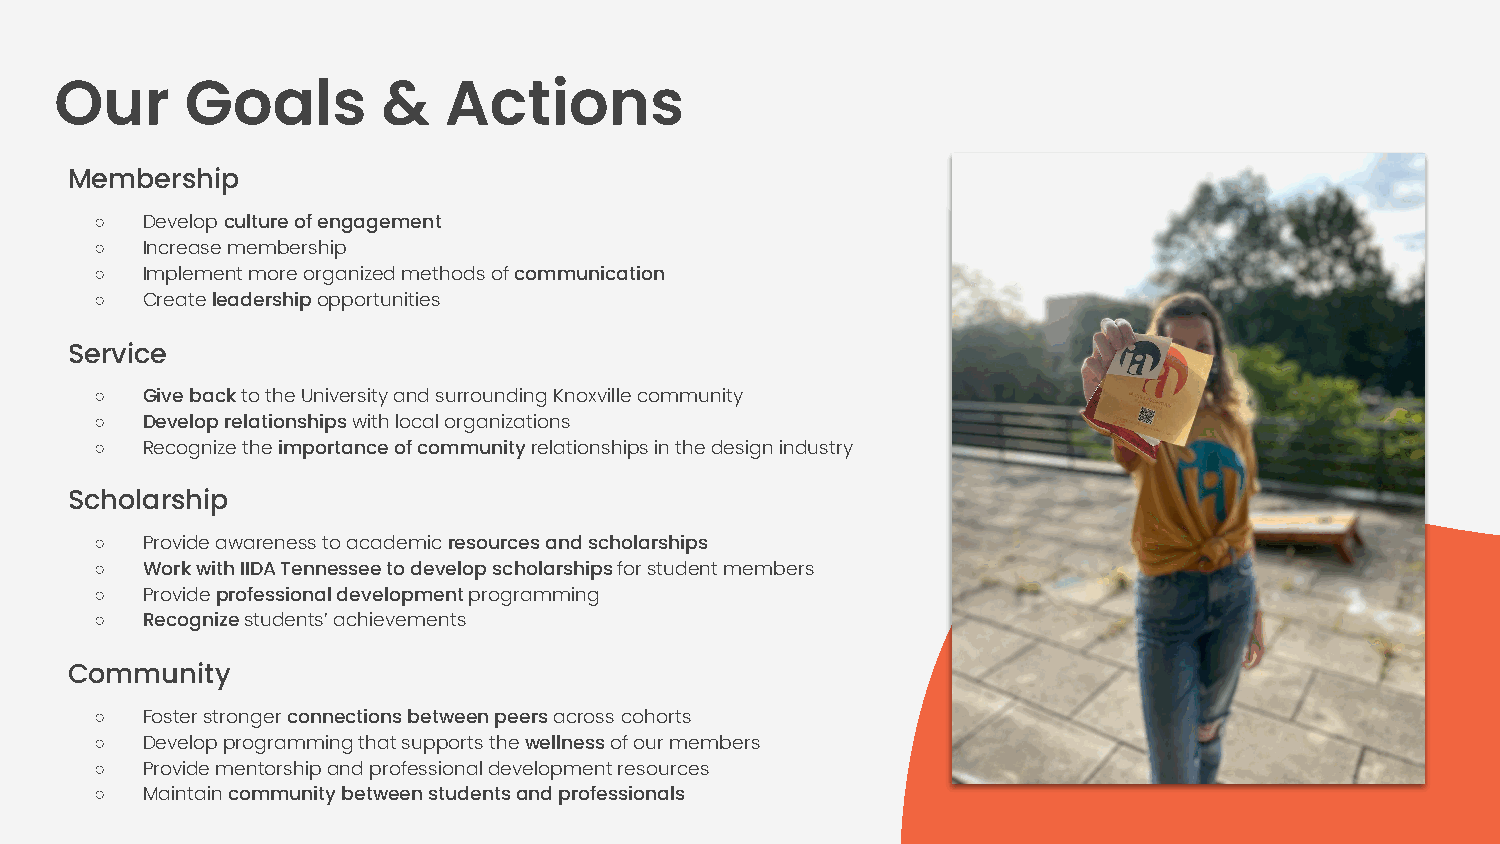
Our     Goals        &   Actions
 Membership
 ○  Develop culture of engagement
 ○  Increase membership
 ○  Implement more organized methods of communication
 ○  Create leadership opportunities
 Service
 ○  Give back to the University and surrounding Knoxville community
 ○  Develop relationships with local organizations
 ○  Recognize the importance of community relationships in the design industry
 Scholarship
 ○  Provide awareness to academic resources and scholarships
 ○  Work with IIDA Tennessee to develop scholarships for student members
 ○  Provide professional development programming
 ○  Recognize students’ achievements
 Community
 ○  Foster stronger connections between peers across cohorts
 ○  Develop programming that supports the wellness of our members
 ○  Provide mentorship and professional development resources
 ○  Maintain community between students and professionals